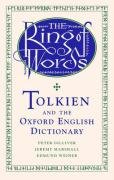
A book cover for The Ring of Words: Tolkien and the Oxford English Dictionary; Peter Gilliver; Science Fiction & Fantasy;